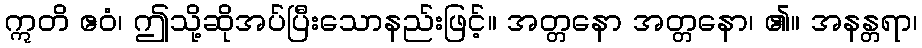
ဣတိ ဧဝံ၊ ဤသို့ဆိုအပ်ပြီးသောနည်းဖြင့်။ အတ္တနော အတ္တနော၊ ၏။ အနန္တရာ၊